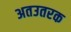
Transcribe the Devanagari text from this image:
अतउतरक